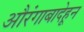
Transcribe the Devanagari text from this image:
औरंगाबादेहून